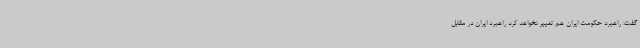
گفت: راهبرد حکومت ایران هم تغییر نخواهد کرد راهبرد ایران در مقابل